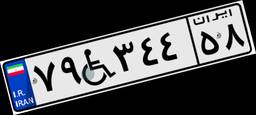
۳۷W۳۸۱۸۱